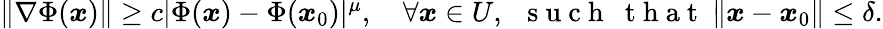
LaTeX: \begin{array}{r}{\| \nabla\Phi({\boldsymbol x})\| \geq c|\Phi({\boldsymbol x})-\Phi({\boldsymbol x}_{0})|^{\mu},\ \ \ \ \forall{\boldsymbol x}\in U,\ \ \mathrm{~s~u~c~h~}\ \mathrm{~t~h~a~t~}\ \| {\boldsymbol x}-{\boldsymbol x}_{0}\| \leq\delta.}\end{array}